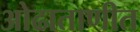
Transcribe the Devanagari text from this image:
ओढाताणीत